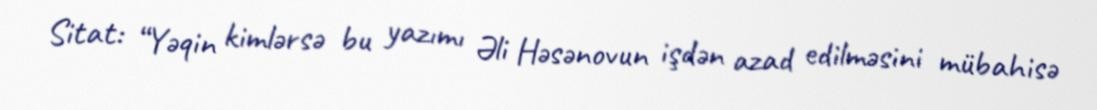
Sitat: “Yəqin kimlərsə bu yazımı Əli Həsənovun işdən azad edilməsini mübahisə